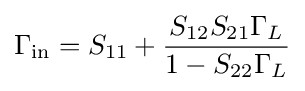
\Gamma _{\mathrm {in} }=S_{11}+{\frac {S_{12}S_{21}\Gamma _{L}}{1-S_{22}\Gamma _{L}}}